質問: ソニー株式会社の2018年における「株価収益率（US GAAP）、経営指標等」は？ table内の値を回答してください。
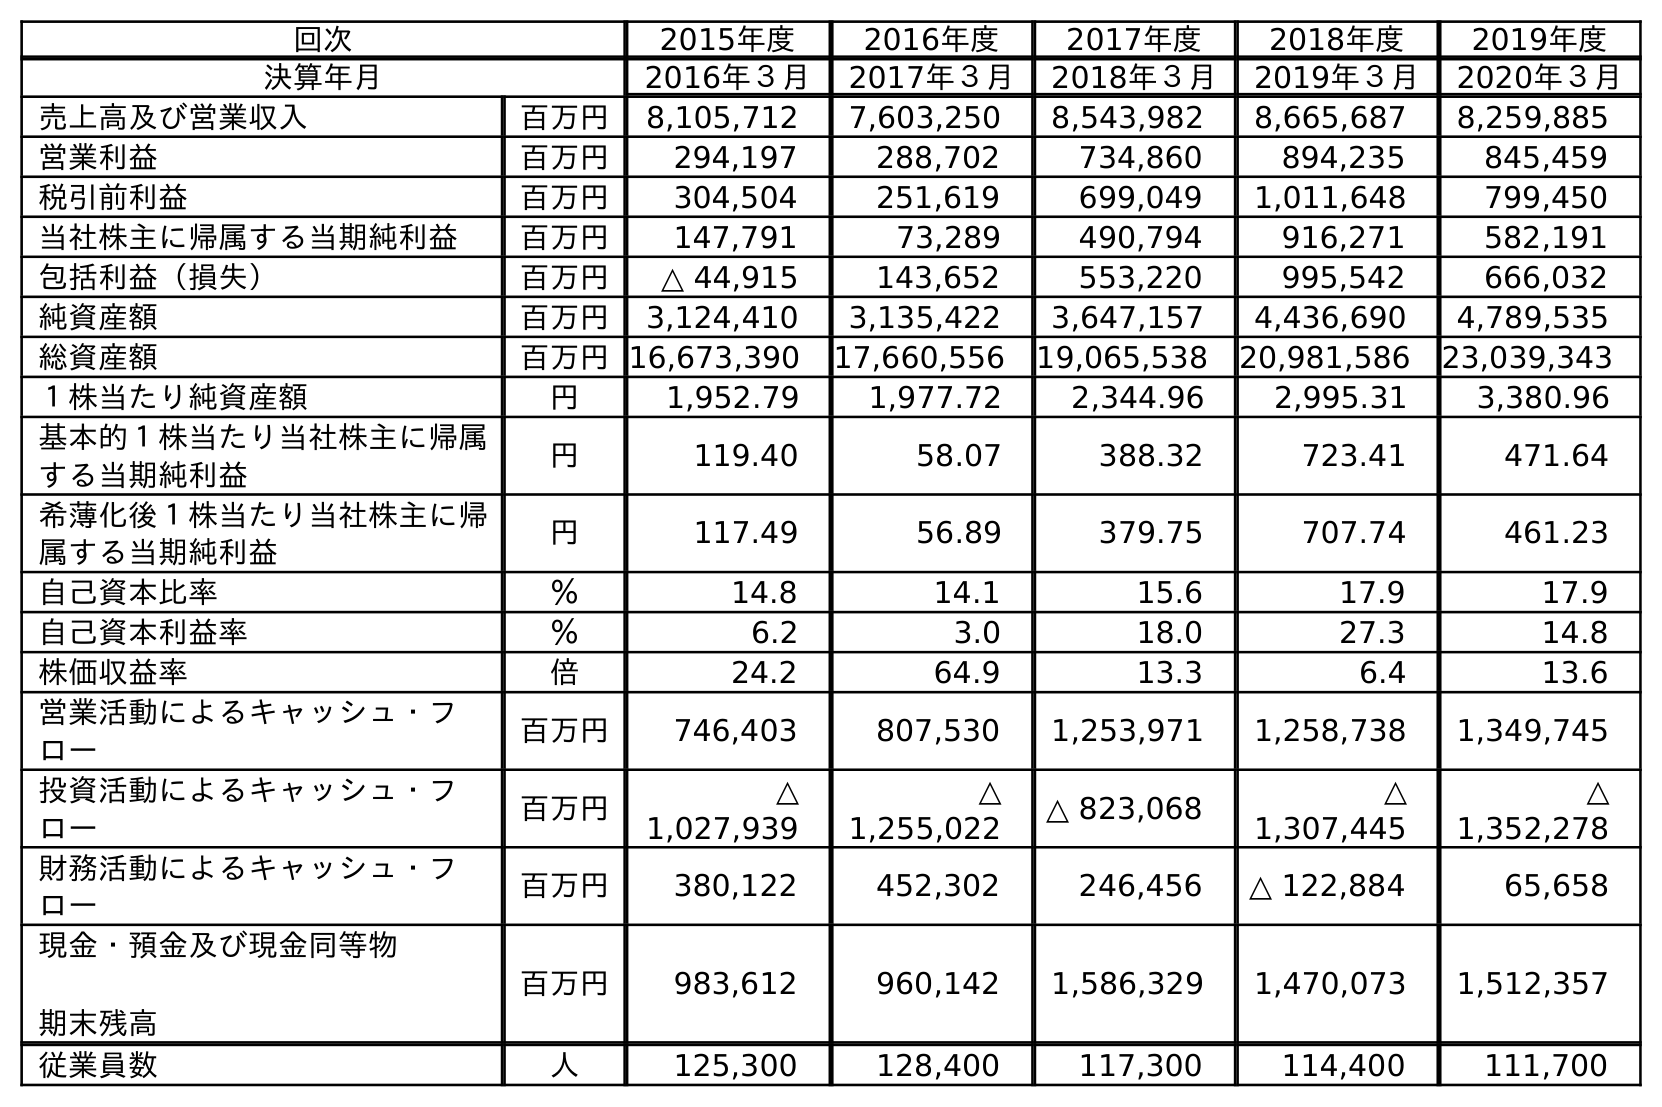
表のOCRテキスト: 回次 2015年度 2016年度 2017年度 2018年度 2019年度 決算年月 2016年３月 2017年３月 2018年３月 2019年３月 2020年３月 売上高及び営業収入 百万円 8,105,712 7,603,250 8,543,982 8,665,687 8,259,885 営業利益 百万円 294,197 288,702 734,860 894,235 845,459 税引前利益 百万円 304,504 251,619 699,049 1,011,648 799,450 当社株主に帰属する当期純利益 百万円 147,791 73,289 490,794 916,271 582,191 包括利益（損失） 百万円 △ 44,915 143,652 553,220 995,542 666,032 純資産額 百万円 3,124,410 3,135,422 3,647,157 4,436,690 4,789,535 総資産額 百万円16,673,390 17,660,556 19,065,538 20,981,586 23,039,343 １株当たり純資産額 円 1,952.79 1,977.72 2,344.96 2,995.31 3,380.96 基本的１株当たり当社株主に帰属 する当期純利益 円 119.40 58.07 388.32 723.41 471.64 希薄化後１株当たり当社株主に帰 属する当期純利益 円 117.49 56.89 379.75 707.74 461.23 自己資本比率 ％ 14.8 14.1 15.6 17.9 17.9 自己資本利益率 ％ 6.2 3.0 18.0 27.3 14.8 株価収益率 倍 24.2 64.9 13.3 6.4 13.6 営業活動によるキャッシュ・フ ロー 百万円 746,403 807,530 1,253,971 1,258,738 1,349,745 投資活動によるキャッシュ・フ ロー 百万円 △ 1,027,939 △ 1,255,022 △ 823,068 △ 1,307,445 △ 1,352,278 財務活動によるキャッシュ・フ ロー 百万円 380,122 452,302 246,456 △ 122,884 65,658 現金・預金及び現金同等物 期末残高 百万円 983,612 960,142 1,586,329 1,470,073 1,512,357 従業員数 人 125,300 128,400 117,300 114,400 111,700
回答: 13.3